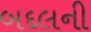
બદલની